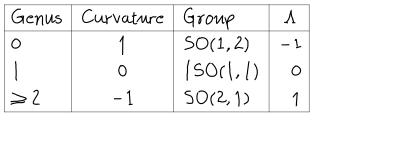
LaTeX: \begin{array} { | l | c | l | c | } \hline { { \mathrm { G e n u s } } } & { { \mathrm { C u r v a t u r e } } } & { { \mathrm { G r o u p } } } & { { \Lambda } } \\ \hline { { 0 } } & { { 1 } } & { { S O ( 1 , 2 ) } } & { { - 1 } } \\ { { 1 } } & { { 0 } } & { { I S O ( 1 , 1 ) } } & { { \, \, \, \, 0 } } \\ { { \geq 2 } } & { { - 1 } } & { { S O ( 2 , 1 ) } } & { { \, \, \, \, 1 } } \\ \hline { { } } \\ \end{array}